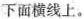
下面横线上。